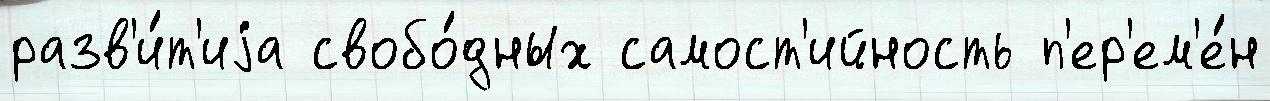
разв'и́т'иjа свобо́дных самост'ийность п'ер'ем'е́н